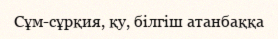
Сұм-сұрқия, қу, білгіш атанбаққа